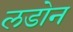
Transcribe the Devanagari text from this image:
लडोन